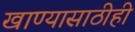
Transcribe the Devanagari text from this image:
खाण्यासाठीही